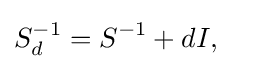
S_{d}^{-1}=S^{-1}+dI,\quad